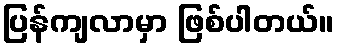
ပြန်ကျလာမှာ ဖြစ်ပါတယ်။